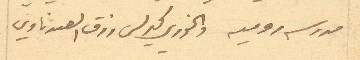
مدرسة روميه والخوري كيرلس رزق الصيدناوي